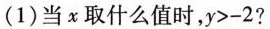
(1) 当X取什么值时，y>-2?